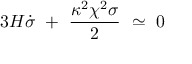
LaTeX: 3 H \dot { \sigma } \ + \ \frac { \kappa ^ { 2 } \chi ^ { 2 } \sigma } { 2 } \ \simeq \ 0